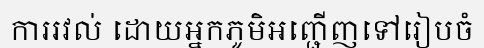
ការរវល់ ដោយអ្នកភូមិអញ្ជើញទៅរៀបចំ